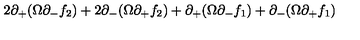
2 \partial _ { + } ( \Omega \partial _ { - } f _ { 2 } ) + 2 \partial _ { - } ( \Omega \partial _ { + } f _ { 2 } ) + \partial _ { + } ( \Omega \partial _ { - } f _ { 1 } ) + \partial _ { - } ( \Omega \partial _ { + } f _ { 1 } )